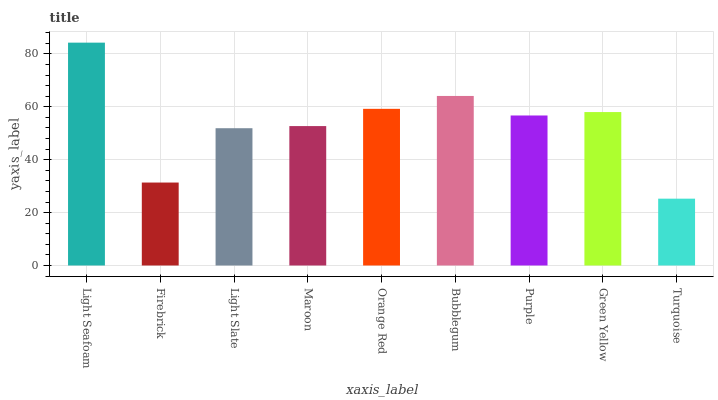
| xaxis_label | bars |
 | --- | --- |
 | Light Seafoam | 84.2 |
 | Firebrick | 31.4 |
 | Light Slate | 51.9 |
 | Maroon | 52.7 |
 | Orange Red | 59.2 |
 | Bubblegum | 64.1 |
 | Purple | 56.7 |
 | Green Yellow | 58 |
 | Turquoise | 25.3 |